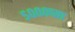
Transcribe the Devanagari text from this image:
५०००च्या